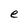
Character: e